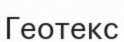
Геотекс